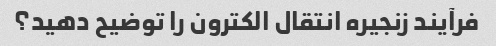
فرآیند زنجیره انتقال الکترون را توضیح دهید؟